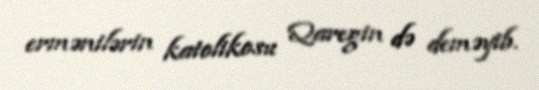
ermənilərin katolikosu Qaregin də deməyib.